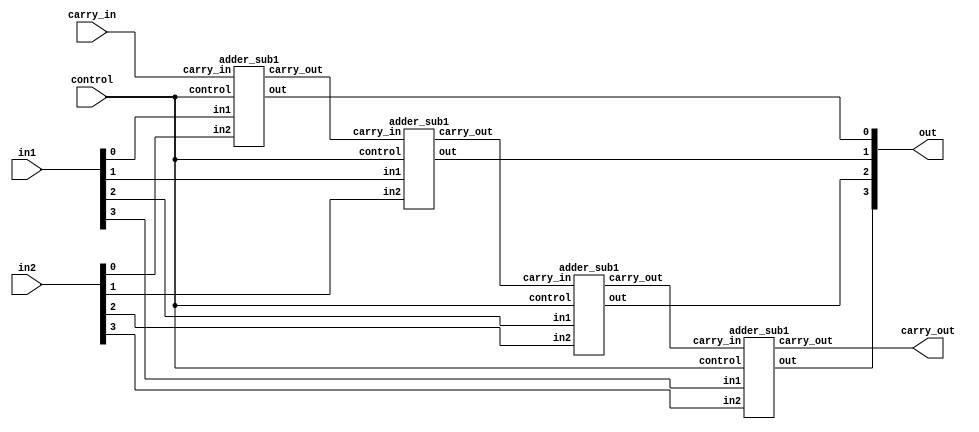
//Developed by: Aashi Srivastava
// TITLE:adder_subtractor combined
module adder_sub (
    out,carry_out,in1,in2,carry_in,control
);
    input [3:0] in1,in2;

    output [3:0] out;
    input control;
    input carry_in;
    output carry_out;

    wire [3:1] wire1;

    adder_sub1 a1(out[0], wire1[1],in1[0],in2[0],carry_in,control);
    
    adder_sub1 a2(out[1], wire1[2],in1[1],in2[1],wire1[1],control);
    
    adder_sub1 a3(out[2], wire1[3],in1[2],in2[2],wire1[2],control);
    
    adder_sub1 a4(out[3], carry_out,in1[3],in2[3],wire1[3],control);
    
endmodule

module   adder_sub1 (out, carry_out,in1,in2, carry_in ,control);
    input in1,in2;
    output out,carry_out;
    input control, carry_in ;
    wire wire1;

    xor n1(wire1,in2,control);
    assign out=in1^wire1^carry_in;
    assign carry_out= (in1 & wire1) | (wire1 & carry_in) |(carry_in & in1);
    
endmodule